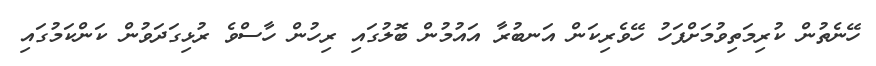
ހޭނެތުން ކުރިމަތިވުމަށްފަހު ހޭވެރިކަން އަނބުރާ އައުމުން ބޮލުގައި ރިހުން ހާސްވެ ރުޅިގަދަވުން ކަންކަމުގައި